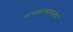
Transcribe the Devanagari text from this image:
भागवतंरसमालय